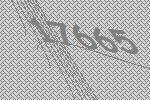
17665